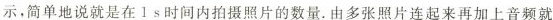
示，简单地说就是在1s时间内拍摄照片的数量。由多张照片连起来再加上音频就